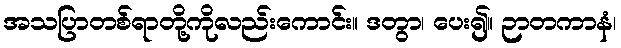
အသပြာတစ်ရာတို့ကိုလည်းကောင်း။ ဒတွာ၊ ပေး၍။ ဉာတကာနံ၊